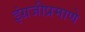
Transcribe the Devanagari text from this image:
इंग्रजीप्रमाणे